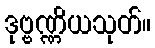
ဒုဗ္ဗဏ္ဏိယသုတ်။